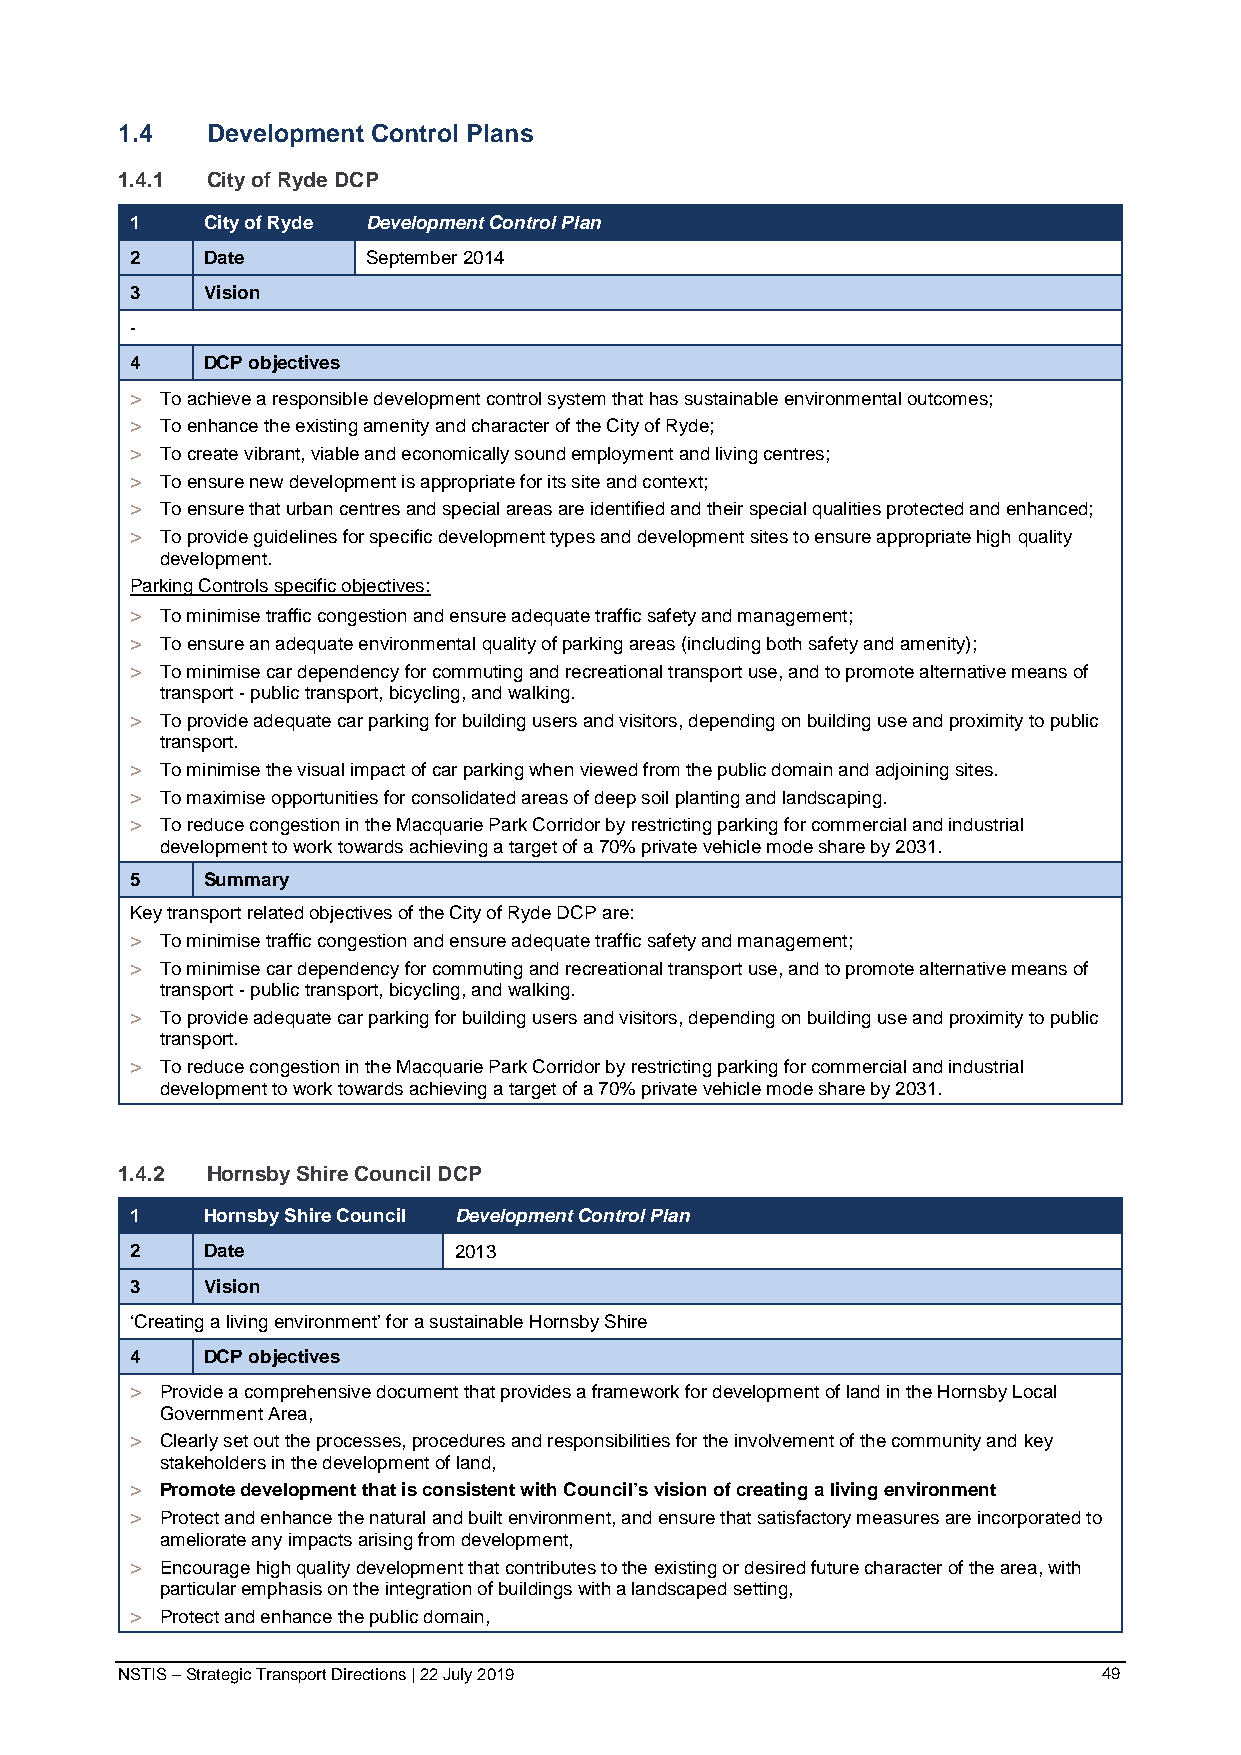
1.4   Development Control Plans
 1.4.1 City of Ryde DCP
 1   City of Ryde Development Control Plan
 2   Date       September 2014
 3   Vision
 -
 4   DCP objectives
 > To achieve a responsible development control system that has sustainable environmental outcomes;
 > To enhance the existing amenity and character of the City of Ryde;
 > To create vibrant, viable and economically sound employment and living centres;
 > To ensure new development is appropriate for its site and context;
 > To ensure that urban centres and special areas are identified and their special qualities protected and enhanced;
 > To provide guidelines for specific development types and development sites to ensure appropriate high quality
 development.
 Parking Controls specific objectives:
 > To minimise traffic congestion and ensure adequate traffic safety and management;
 > To ensure an adequate environmental quality of parking areas (including both safety and amenity);
 > To minimise car dependency for commuting and recreational transport use, and to promote alternative means of
 transport - public transport, bicycling, and walking.
 > To provide adequate car parking for building users and visitors, depending on building use and proximity to public
 transport.
 > To minimise the visual impact of car parking when viewed from the public domain and adjoining sites.
 > To maximise opportunities for consolidated areas of deep soil planting and landscaping.
 > To reduce congestion in the Macquarie Park Corridor by restricting parking for commercial and industrial
 development to work towards achieving a target of a 70% private vehicle mode share by 2031.
 5   Summary
 Key transport related objectives of the City of Ryde DCP are:
 > To minimise traffic congestion and ensure adequate traffic safety and management;
 > To minimise car dependency for commuting and recreational transport use, and to promote alternative means of
 transport - public transport, bicycling, and walking.
 > To provide adequate car parking for building users and visitors, depending on building use and proximity to public
 transport.
 > To reduce congestion in the Macquarie Park Corridor by restricting parking for commercial and industrial
 development to work towards achieving a target of a 70% private vehicle mode share by 2031.
 1.4.2 Hornsby Shire Council DCP
 1   Hornsby Shire Council Development Control Plan
 2   Date             2013
 3   Vision
 ‘Creating a living environment’ for a sustainable Hornsby Shire
 4   DCP objectives
 > Provide a comprehensive document that provides a framework for development of land in the Hornsby Local
 Government Area,
 > Clearly set out the processes, procedures and responsibilities for the involvement of the community and key
 stakeholders in the development of land,
 > Promote development that is consistent with Council’s vision of creating a living environment
 > Protect and enhance the natural and built environment, and ensure that satisfactory measures are incorporated to
 ameliorate any impacts arising from development,
 > Encourage high quality development that contributes to the existing or desired future character of the area, with
 particular emphasis on the integration of buildings with a landscaped setting,
 > Protect and enhance the public domain,
 NSTIS – Strategic Transport Directions | 22 July 2019            49